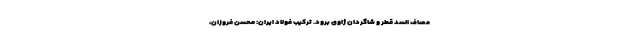
مصاف السد قطر و شاگردان ژاوی برود. ترکیب فولاد ایران: محسن فروزان،